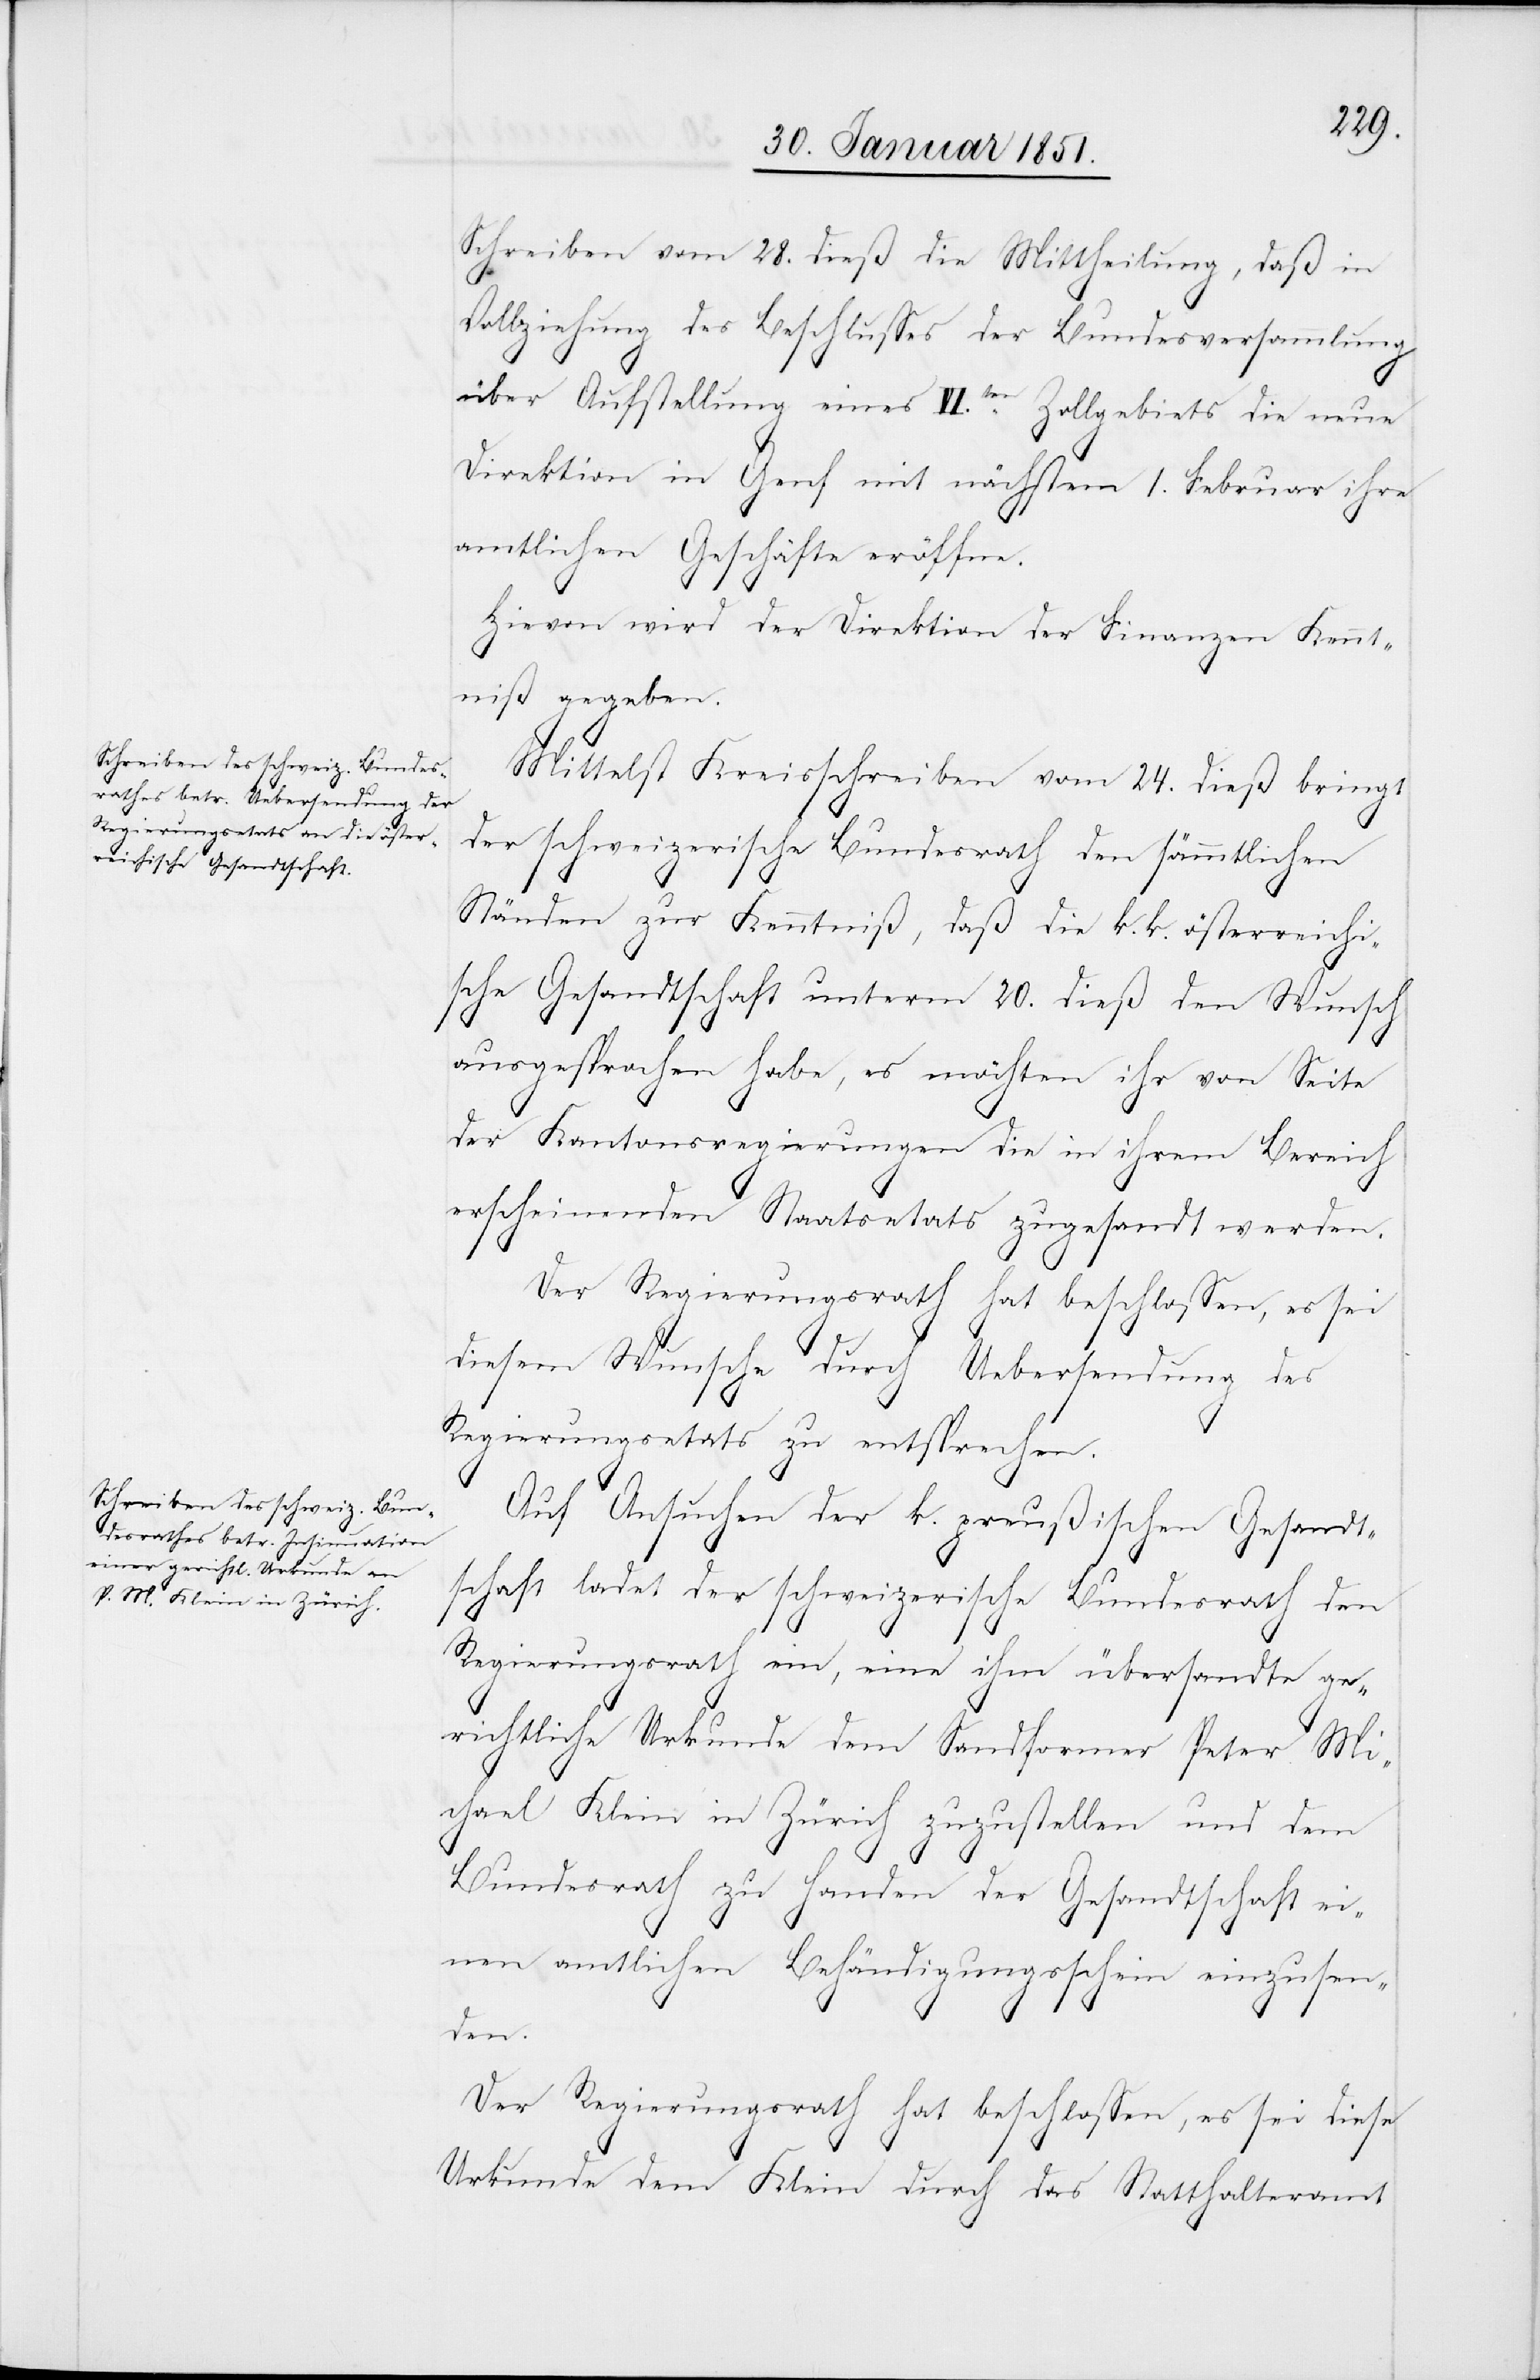
Schreiben vom 28. dieß die Mittheilung, daß in
Vollziehung des Beschlusses der Bundesversammlung
über Aufstellung eines VIten. Zollgebiets die neue
Direktion in Genf mit nächstem 1. Februar ihre
amtlichen Geschäfte eröffne.
Hievon wird der Direktion der Finanzen Kennt¬
niß gegeben.
Mittelst Kreisschreiben vom 24. dieß bringt
der schweizerische Bundesrath den sämmtlichen
Ständen zur Kenntniß, daß die k. k. österreichi¬
sche Gesandtschaft unterm 20. dieß den Wunsch
ausgesprochen habe, es möchten ihr von Seite
der Kantonsregierungen die in ihrem Bereich
erscheinenden Staatsetats zugesandt werden.
Der Regierungsrath hat beschlossen, es sei
diesem Wunsche durch Uebersendung des
Regierungsetats zu entsprechen.
Auf Ansuchen der k. preußischen Gesandt¬
schaft ladet der schweizerische Bundesrath den
Regierungsrath ein, eine ihm übersandte ge¬
richtliche Urkunde dem Sandformer Peter Mi¬
chael Klein in Zürich zuzustellen und dem
Bundesrath zu Handen der Gesandtschaft ei¬
nen amtlichen Behändigungsschein einzusen¬
den.
Der Regierungsrath hat beschlossen, es sei diese
Urkunde dem Klein durch das Statthalteramt